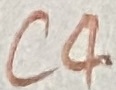
Text: C4